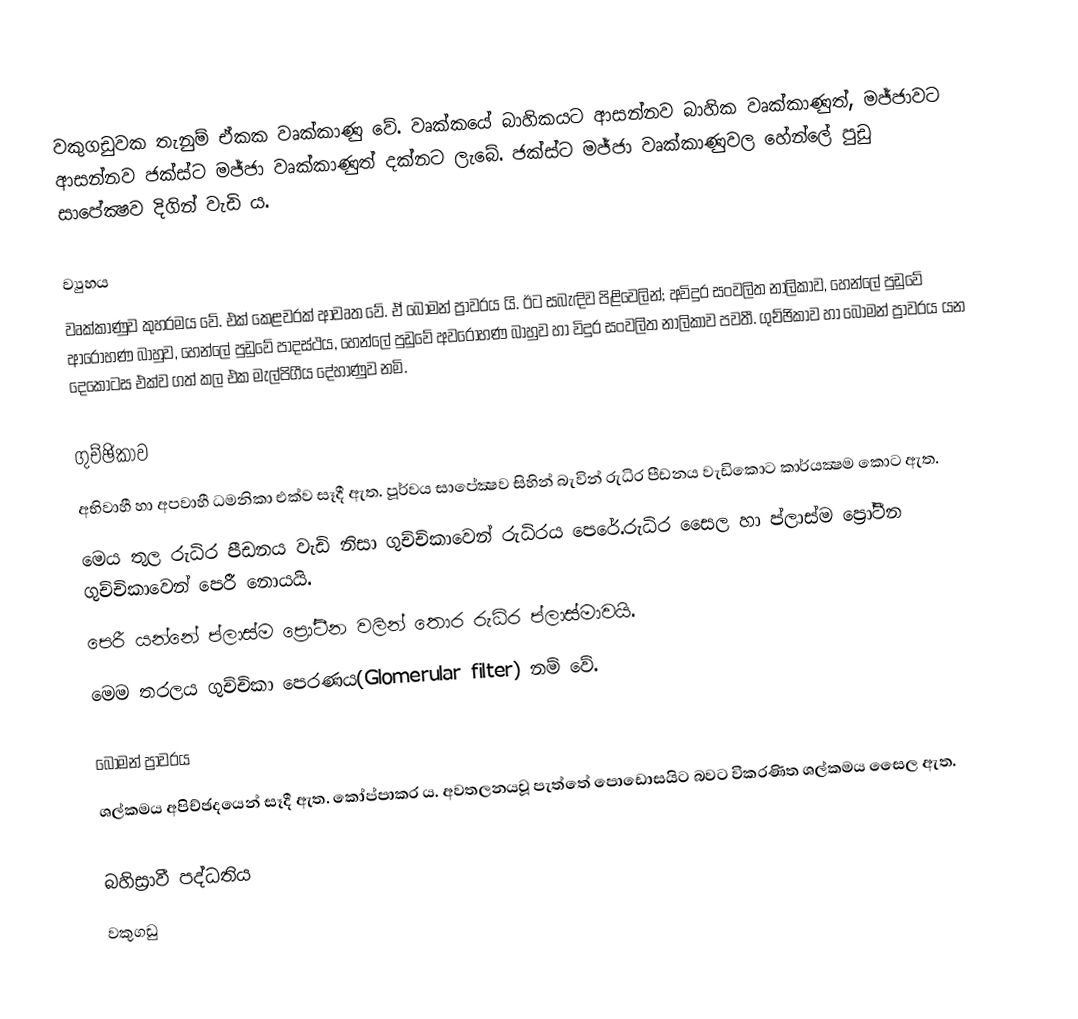
වකුගඩුවක තැනුම් ඒකක වෘක්කාණු වේ. වෘක්කයේ බාහිකයට ආසන්නව බාහික වෘක්කාණුත්, මජ්ජාවට ආසන්නව ජක්ස්ට මජ්ජා වෘක්කාණුත් දක්නට ලැබේ. ජක්ස්ට මජ්ජා වෘක්කාණුවල හේන්ලේ පුඩු සාපේක්‍ෂව දිගින් වැඩි ය.

ව්‍යුහය
වෘක්කාණුව කුහරමය වේ. එක් කෙළවරක් ආවෘත වේ. ඒ බෝමන් ප්‍රාවරය යි. ඊට සබැඳිව පිළිවෙලින්; අවිදුර සංවලිත නාලිකාව, හෙන්ලේ පුඩුවේ ආරෝහණ බාහුව, හෙන්ලේ පුඩුවේ පාදස්ථය, හෙන්ලේ පුඩුවේ අවරෝහණ බාහුව හා විදුර සංවලිත නාලිකාව පවතී. ගුච්ඡිකාව හා බෝමන් ප්‍රාවරය යන දෙකොටස එක්ව ගත් කල එක මැල්පිගීය දේහාණුව නමි.

ගුච්ඡිකාව
අභිවාහී හා අපවාහී ධමනිකා එක්ව සෑදී ඇත. පූර්වය සාපේක්‍ෂව සිහින් බැවින් රුධිර පීඩනය වැඩිකොට කාර්යක්‍ෂම කොට ඇත.
මෙය තුල රුධිර පීඩනය වැඩි නිසා ගුච්චිකාවෙන් රුධිරය පෙරේ.රුධිර සෙෙල හා ප්ලාස්ම ප්‍රෝටීන ගුච්චිකාවෙන් පෙරී නොයයි.
පෙරී යන්නේ ප්ලාස්ම ප්‍රෝටීන වලින් තොර රුධිර ප්ලාස්මාවයි.
මෙම තරලය ගුච්චිකා පෙරණය(Glomerular filter) නම් වේ.

බෝමන් ප්‍රාවරය
ශල්කමය අපිච්ඡදයෙන් සෑදී ඇත. කෝප්පාකර ය. අවතලනයවූ පැත්තේ පොඩොසයිට බවට විකරණිත ශල්කමය සෛල ඇත.

බහිස්‍රාවී පද්ධතිය
වකුගඩු